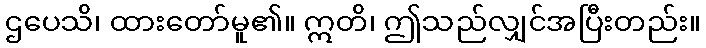
ဌပေသိ၊ ထားတော်မူ၏။ ဣတိ၊ ဤသည်လျှင်အပြီးတည်း။